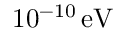
1 0 ^ { - 1 0 } \, \mathrm { e V }